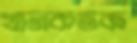
খানকতক